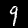
Label: 9